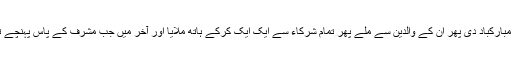
دروازے میں سے انہوں نے بلند آواز میں پہلے تو بچی کو مبارکباد دی پھر ان کے والدین سے ملے پھر تمام شرکاء سے ایک ایک کرکے ہاتھ ملایا اور آخر میں جب مشرف کے پاس پہنچے تو انگلیاں ملا کر پھر دوسرے پروگرام میں مشغول ہوگئے۔